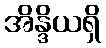
အိန္ဒိယရှိ